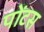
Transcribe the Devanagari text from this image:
पोंटस